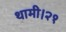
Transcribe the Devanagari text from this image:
थामी।२१